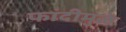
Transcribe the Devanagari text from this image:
फांदीमुळे